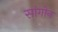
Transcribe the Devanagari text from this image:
सांगोन